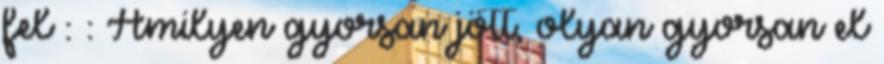
fel : : Amilyen gyorsan jött, olyan gyorsan el